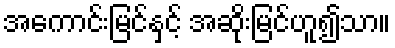
အကောင်းမြင်နှင့် အဆိုးမြင်ဟူ၍သာ။